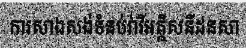
ការសាងសង់ទំនប់វារីអគ្គិសនីដនសា